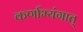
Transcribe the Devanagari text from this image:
कर्णाभ्यंगात्‌